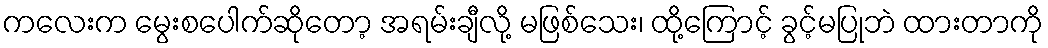
ကလေးက မွေးစပေါက်ဆိုတော့ အရမ်းချီလို့ မဖြစ်သေး၊ ထို့ကြောင့် ခွင့်မပြုဘဲ ထားတာကို